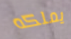
يملكه